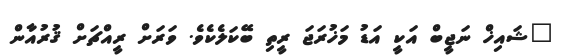
"ޝައިޚް ނަޖީބް އަކީ އަޑު މަޚުރަޖަ ރީތި ބޭކަލެކެވެ. ވަރަށް ރީއްޗަށް ޤުރުއާން